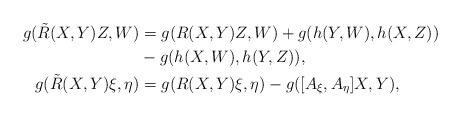
LaTeX: \begin{align*}g(\tilde R(X,Y)Z,W) &= g(R(X,Y)Z,W)+g(h(Y,W),h(X,Z))\\ &-g(h(X,W),h(Y,Z)),\\g(\tilde R(X,Y)\xi,\eta) &= g(R(X,Y)\xi,\eta)-g([A_\xi,A_\eta]X,Y),\end{align*}